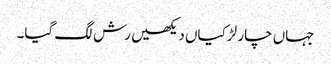
جہاں چار لڑکیاں دیکھیں رش لگ گیا۔